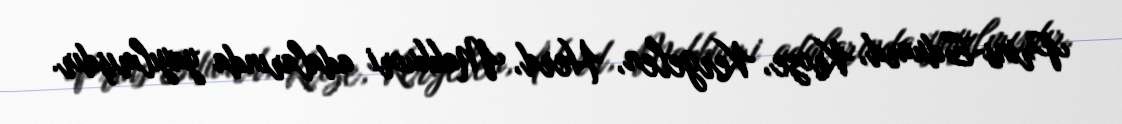
Prins-Eduard, Kroze, Kergelen, Herd, Makkuori adalarında yayılmışdır.